Indian Medical Review
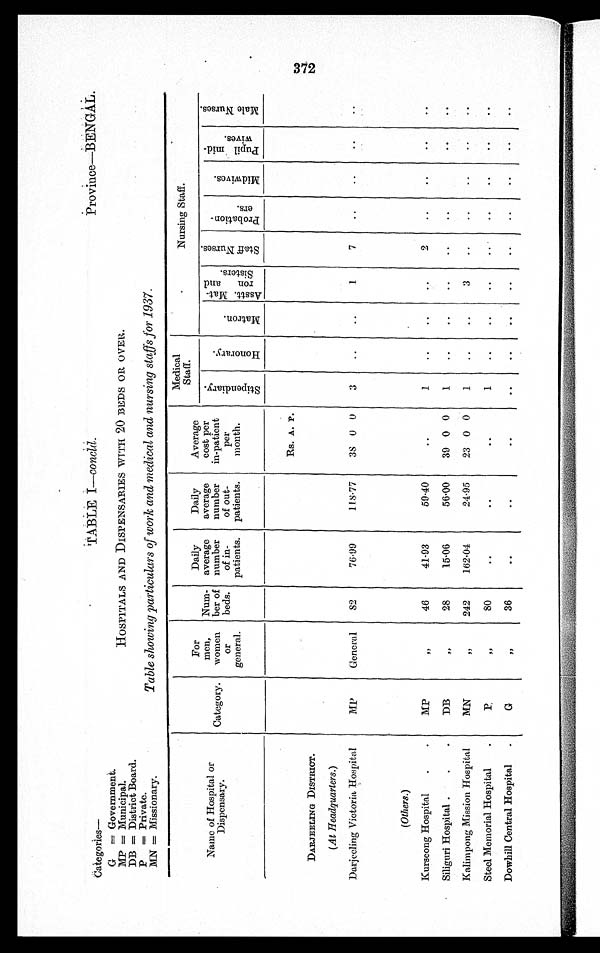
Categories—
TABLE I —concld.
Province—BENGAL.
G = Government.
HOSPITALS AND DISPENSARIES WITH 20 BEDS OR OVER.
MP = Municipal.
DB = District Board.
P = Private.
Table showing particulars of work and medical and nursing staffs for 1937.
MN = Missionary.
Name of Hospital or
Dispensary.
Category.
For
men,
women
or
general.
Num-
ber of
beds.
Daily
average
number
of in-
patients.
Daily
average
number
of out-
patients.
Average
cost per
in-patient
per
month.
Medical
Staff.
Nursing Staff.
St i pendery.
Ho n o r a r y .
Mat r on.
As s t t . Ma t -
ron and
Si st ers.
S t a f f Nu r s e s .
Pr o b a t i o n -
ers.
Mi d wi v e s .
Pupil mid-
wives
Ma l e Nu r s e s .
Rs. A. P.
DARJEELING DISTRICT.
(At Headquarters.)
Darjeeling Victoria Hospital
MP
General
82
76·99
118·77
38 0 0
3
..
..
1
7
..
..
..
..
(Others.)
Kurseong Hospital
MP
, , 46
41·93
59·40
..
1
..
..
..
2
..
..
..
..
Siliguri Hospital
DB
, , 28
15·06
56·00
39 0 0
1
..
..
..
..
..
..
..
Kalimpong Mission Hospital
MN
, , 242
162·04
24·95
23 0 0
1
..
..
3
..
..
..
..
..
Steel Memorial Hospital
P
, , 80
..
..
..
1
..
..
..
..
..
..
..
Dowhill Central Hospital
G
, , 36
..
..
..
..
..
..
..
..
..
..
..
..